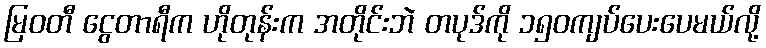
မြဝတီ ငွေတာရီက ဟိုတုန်းက အတိုင်းဘဲ တပုဒ်ကို ၁၅၀ကျပ်ပေးပေမယ်လို့